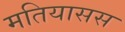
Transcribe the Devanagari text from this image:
मतियासस